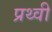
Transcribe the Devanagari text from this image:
प्रथ्‍वी